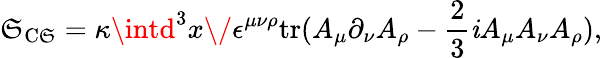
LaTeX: \mathfrak{S}_{\mathrm{{C\mathfrak{S}}}}=\kappa\intd^{3}x\/ \epsilon^{\mu\nu\rho}\mathrm{{tr}}(A_{\mu}\partial_{\nu}A_{\rho}-\frac{{2}}{{3}}{\mathit{i}}A_{\mu}A_{\nu}A_{\rho}),